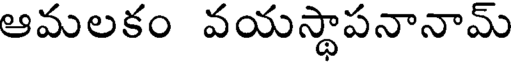
ఆమలకం వయస్థాపనానామ్